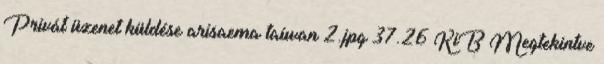
Privát üzenet küldése arisaema taiwan 2.jpg 37.26 KiB Megtekintve